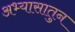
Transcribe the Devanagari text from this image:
अभ्यासातुन